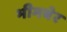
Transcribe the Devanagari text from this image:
भीमबेर